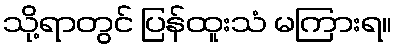
သို့ရာတွင် ပြန်ထူးသံ မကြားရ။